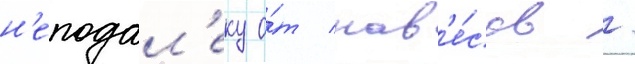
н'еподал'еку о́т нав'е́сов /